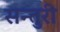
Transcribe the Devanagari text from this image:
सन्तुरी